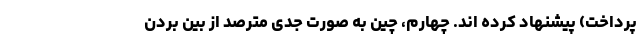
پرداخت) پیشنهاد کرده اند. چهارم، چین به صورت جدی مترصد از بین بردن